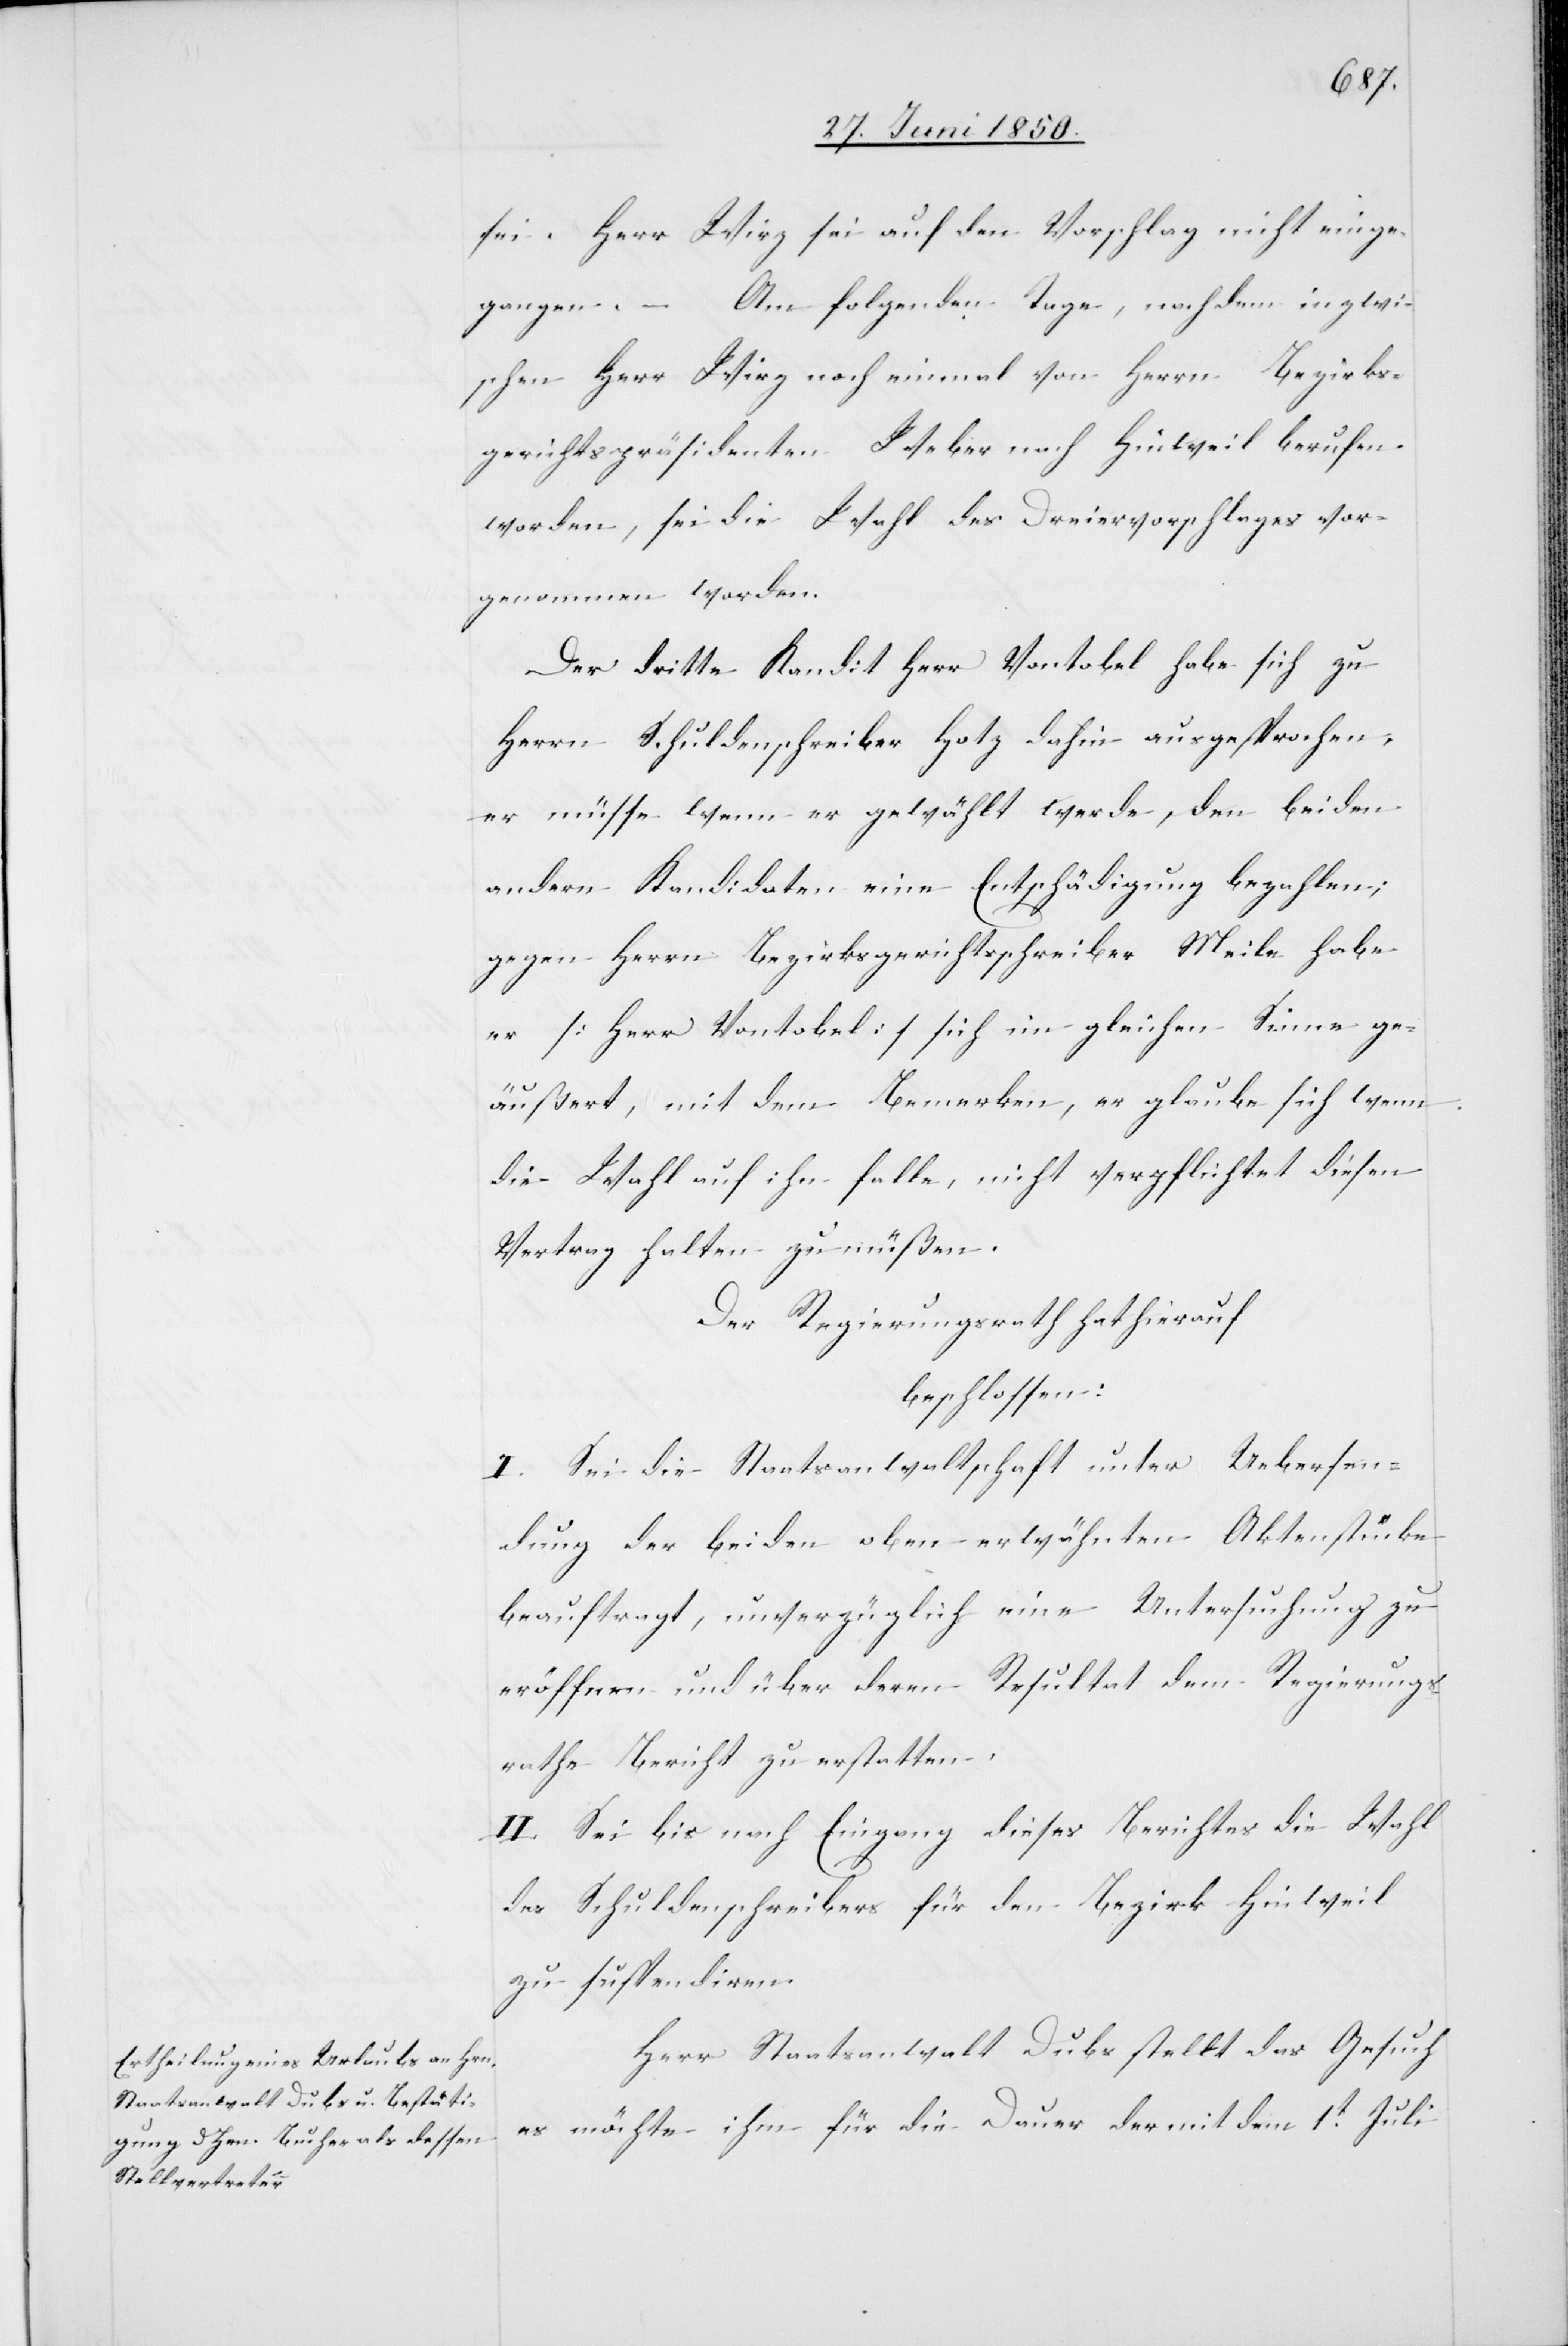
sei. Herr Wirz sei auf den Vorschlag nicht einge¬
gangen. – Am folgenden Tage, nachdem inzwi¬
schen Herr Wirz noch einmal von Herrn Bezirks¬
gerichtspräsidenten Weber nach Hinweil berufen
worden, sei die Wahl des Dreiervorschlages vor¬
genommen worden.
Der dritte Kandit [sic!] Herr Vontobel habe sich zu
Herrn Schuldenschreiber Hotz dahin ausgesprochen,
er müsse wenn er gewählt werde, den beiden
andern Kandidaten eine Entschädigung bezahlen;
gegen Herrn Bezirksgerichtsschreiber Meile habe
er [Herr Vontobel] sich im gleichen Sinne ge¬
äußert, mit dem Bemerken, er glaube sich wenn
die Wahl auf ihn falle, nicht verpflichtet diesen
Vertrag halten zu müßen.
Der Regierungsrath hat hierauf
beschlossen:
I. Sei die Staatsanwaltschaft unter Uebersen¬
dung der beiden oben erwähnten Aktenstücke
beauftragt, unverzüglich eine Untersuchung zu
eröffnen und über deren Resultat dem Regierungs¬
rathe Bericht zu erstatten.
II. Sei bis nach Eingang dieses Berichtes die Wahl
des Schuldenschreibers für den Bezirk Hinweil
zu suspendiren.
Herr Staatsanwalt Dubs stellt das Gesuch
es möchte ihm für die Dauer der mit dem 1t Juli